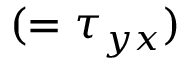
( = \tau _ { y x } )